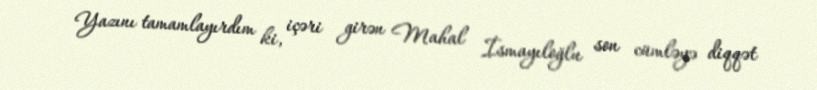
Yazını tamamlayırdım ki, içəri girən Mahal İsmayıloğlu son cümləyə diqqət